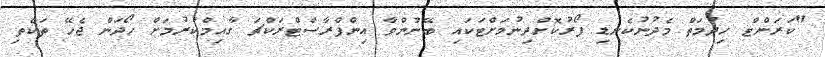
"ކަރަންޓް ހިދުމަތް މެދުނުކެނޑި ފޯރުކޮށްދިނުމަށްޓަކައި ބޭނުންވާ އިންފްރާސްޓްރަކްޗަ ގާއިމްކުރުމަށް ހޯދަން ޖެހޭ ތަކެތި